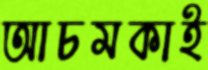
আচমকাই